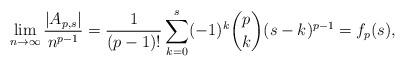
LaTeX: \begin{align*}\lim_{n\to \infty}\frac{|A_{p,s}|}{n^{p-1}}=\frac{1}{(p-1)!}\sum_{k=0}^{s}(-1)^{k}\binom{p}{k}(s-k)^{p-1}=f_p(s),\end{align*}